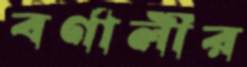
বর্ণালীর